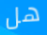
هل